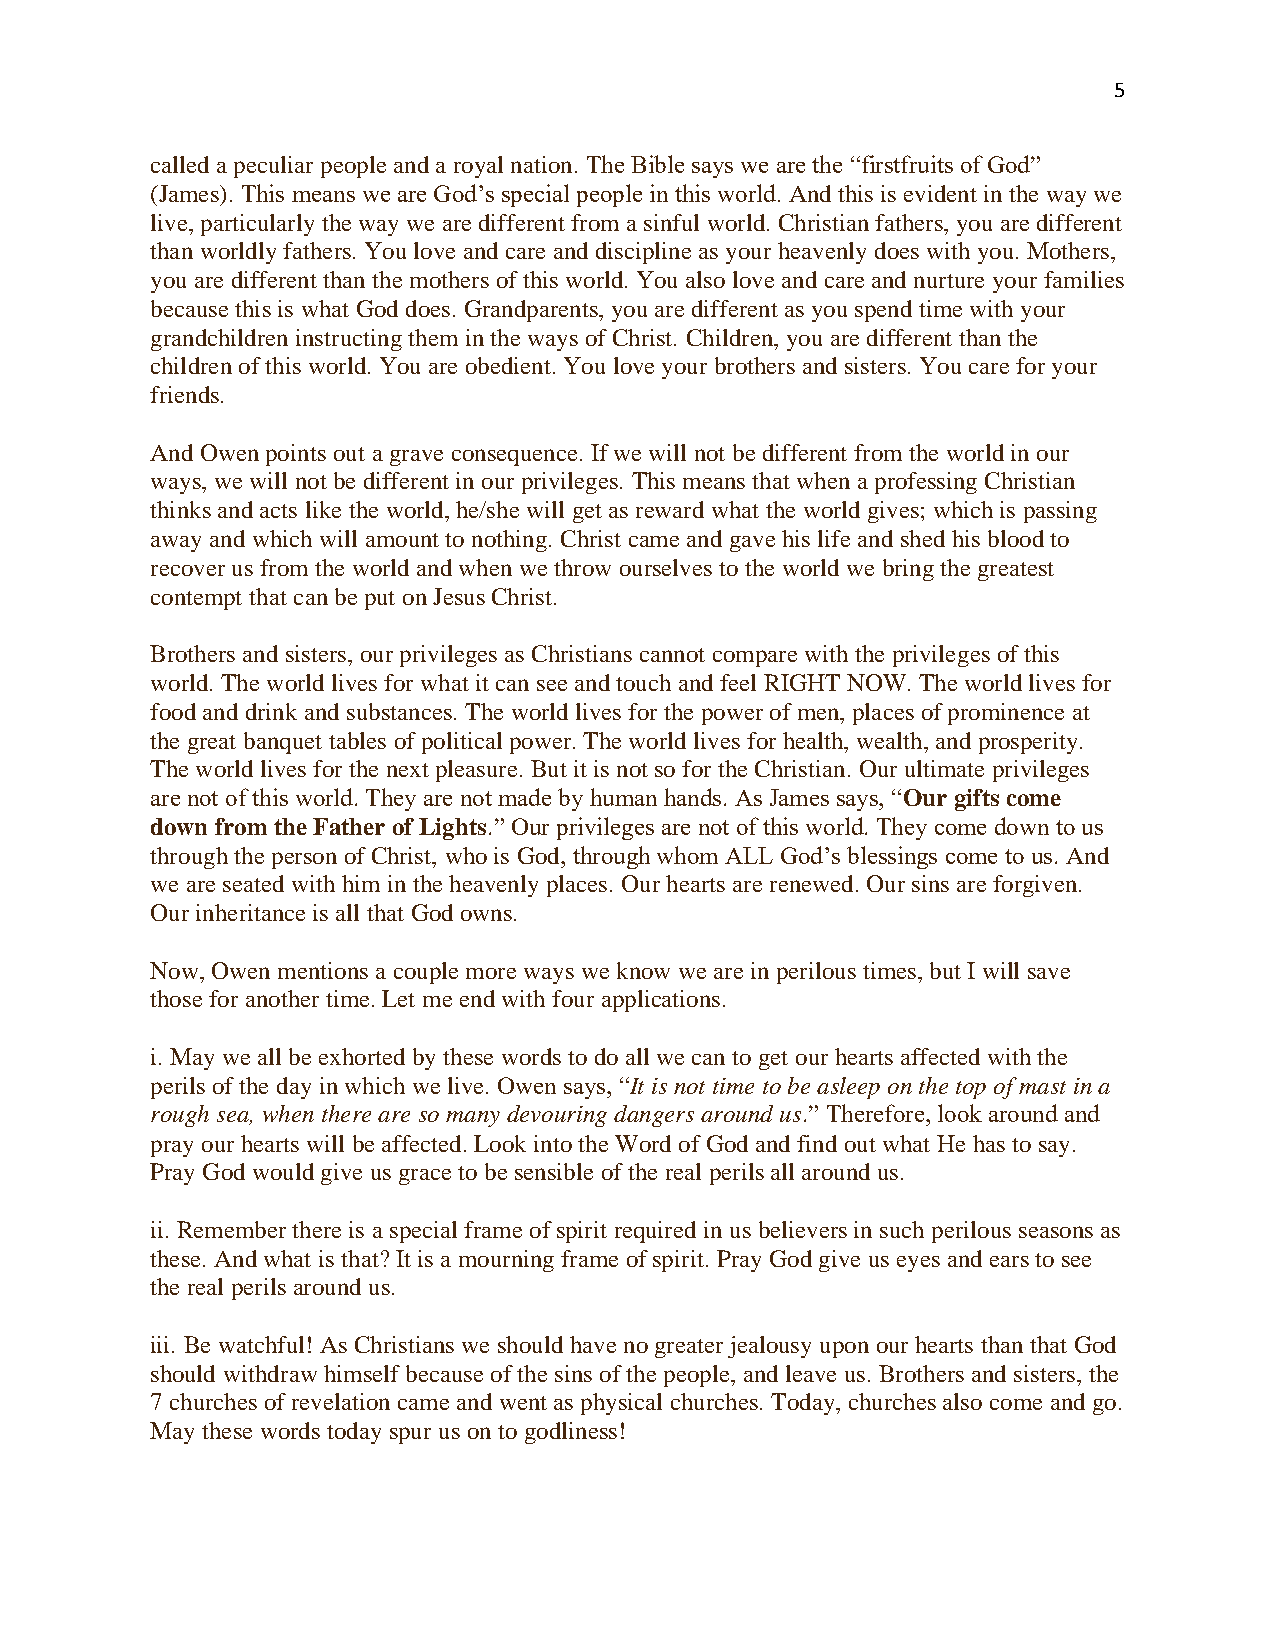
5
 called a peculiar people and a royal nation. The Bible says we are the “firstfruits of God”
 (James). This means we are God’s special people in this world. And this is evident in the way we
 live, particularly the way we are different from a sinful world. Christian fathers, you are different
 than worldly fathers. You love and care and discipline as your heavenly does with you. Mothers,
 you are different than the mothers of this world. You also love and care and nurture your families
 because this is what God does. Grandparents, you are different as you spend time with your
 grandchildren instructing them in the ways of Christ. Children, you are different than the
 children of this world. You are obedient. You love your brothers and sisters. You care for your
 friends.
 And Owen points out a grave consequence. If we will not be different from the world in our
 ways, we will not be different in our privileges. This means that when a professing Christian
 thinks and acts like the world, he/she will get as reward what the world gives; which is passing
 away and which will amount to nothing. Christ came and gave his life and shed his blood to
 recover us from the world and when we throw ourselves to the world we bring the greatest
 contempt that can be put on Jesus Christ.
 Brothers and sisters, our privileges as Christians cannot compare with the privileges of this
 world. The world lives for what it can see and touch and feel RIGHT NOW. The world lives for
 food and drink and substances. The world lives for the power of men, places of prominence at
 the great banquet tables of political power. The world lives for health, wealth, and prosperity.
 The world lives for the next pleasure. But it is not so for the Christian. Our ultimate privileges
 are not of this world. They are not made by human hands. As James says, “Our gifts come
 down from the Father of Lights.” Our privileges are not of this world. They come down to us
 through the person of Christ, who is God, through whom ALL God’s blessings come to us. And
 we are seated with him in the heavenly places. Our hearts are renewed. Our sins are forgiven.
 Our inheritance is all that God owns.
 Now, Owen mentions a couple more ways we know we are in perilous times, but I will save
 those for another time. Let me end with four applications.
 i. May we all be exhorted by these words to do all we can to get our hearts affected with the
 perils of the day in which we live. Owen says, “It is not time to be asleep on the top of mast in a
 rough sea, when there are so many devouring dangers around us.” Therefore, look around and
 pray our hearts will be affected. Look into the Word of God and find out what He has to say.
 Pray God would give us grace to be sensible of the real perils all around us.
 ii. Remember there is a special frame of spirit required in us believers in such perilous seasons as
 these. And what is that? It is a mourning frame of spirit. Pray God give us eyes and ears to see
 the real perils around us.
 iii. Be watchful! As Christians we should have no greater jealousy upon our hearts than that God
 should withdraw himself because of the sins of the people, and leave us. Brothers and sisters, the
 7 churches of revelation came and went as physical churches. Today, churches also come and go.
 May these words today spur us on to godliness!